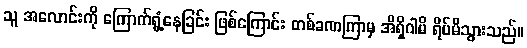
သူ အလောင်းကို ကြောက်ရွံ့နေခြင်း ဖြစ်ကြောင်း တစ်ခဏကြာမှ အိရှိဂါမိ ရိပ်မိသွားသည်။